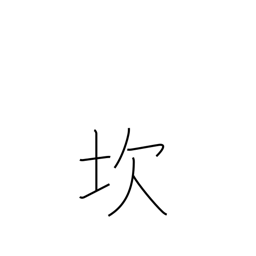
Meaning: pitfall